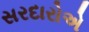
સરદારોએ